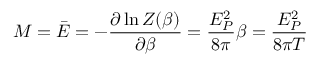
M = \bar { E } = - { \frac { \partial \ln Z ( \beta ) } { \partial \beta } } = { \frac { E _ { P } ^ { 2 } } { 8 \pi } } \beta = { \frac { E _ { P } ^ { 2 } } { 8 \pi T } }